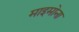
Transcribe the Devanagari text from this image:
माइमोना